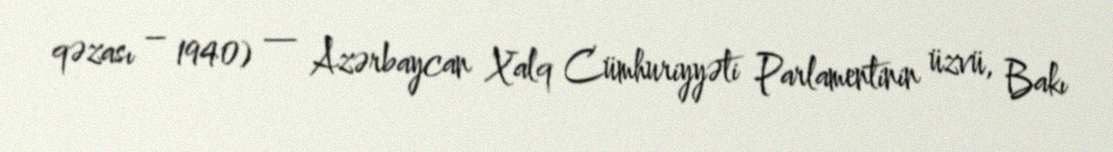
qəzası – 1940) — Azərbaycan Xalq Cümhuriyyəti Parlamentinin üzvü, Bakı